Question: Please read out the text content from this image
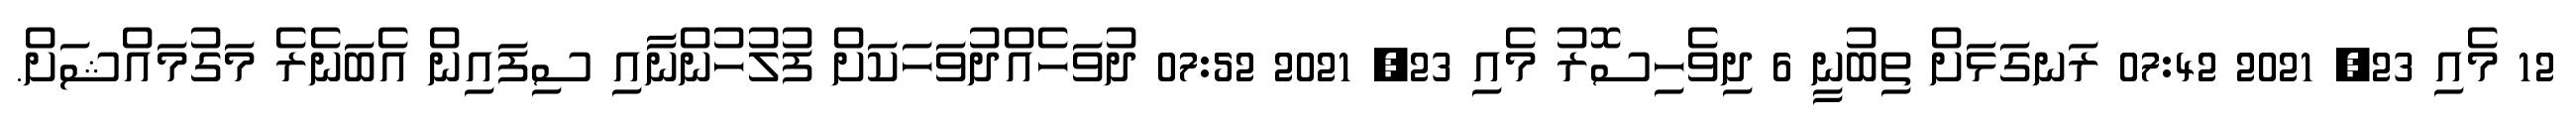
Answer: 12 މެއި 23, 2021 07:42 ރަނގަޅަށް ތިބުނީ 6 ދިވެހިސޮރު މެއި 23, 2021 07:52 ދުވަހެއްދުވަހަކަށް ފުލުހުންނާއި ސިފައިން އެބަނެރެ މަގުމައްޝަށް.